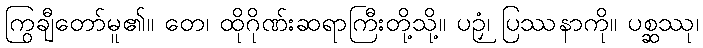
ကြွချီတော်မူ၏။ တေ၊ ထိုဂိုဏ်းဆရာကြီးတို့သို့။ ပဉှံ၊ ပြဿနာကို။ ပစ္ဆဿု၊